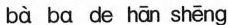
bà ba de hān shēng